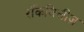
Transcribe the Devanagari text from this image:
रॉकेबिलीज़